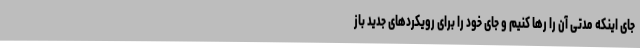
جای اینکه مدتی آن را رها کنیم و جای خود را برای رویکردهای جدید باز